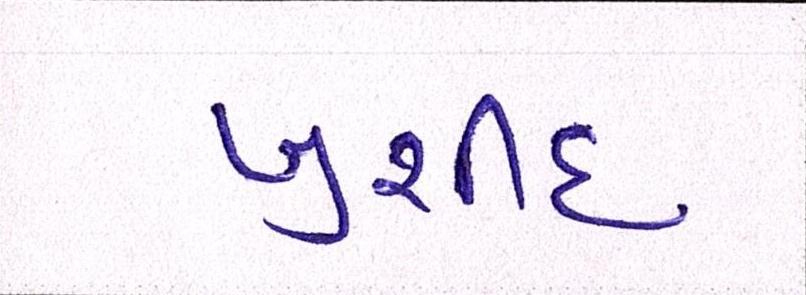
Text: ખુર્શીદ